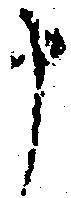
申